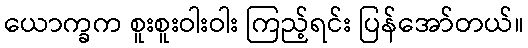
ယောက္ခက စူးစူးဝါးဝါး ကြည့်ရင်း ပြန်အော်တယ်။